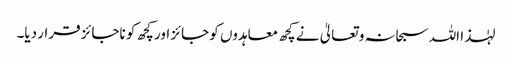
لہٰذا اللہ سبحانہ و تعالیٰ نے کچھ معاہدوں کو جائز اور کچھ کو ناجائز قرار دیا۔